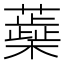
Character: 蘃